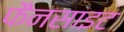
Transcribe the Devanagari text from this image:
फैनसाइट